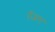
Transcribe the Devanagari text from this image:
ऍअरा